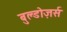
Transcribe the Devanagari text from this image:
बुल्डोज़र्स